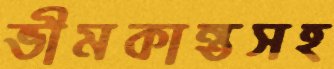
ভীমকান্তসহ